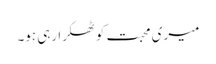
میری محبت کو ٹھکرا رہی ہو۔